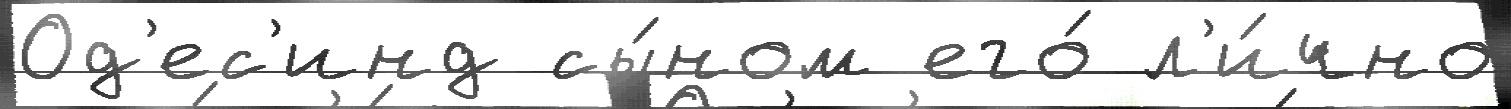
Од'ес'инд сы́ном его́ л'и́чно